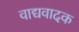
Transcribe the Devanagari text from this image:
वाद्यवादक